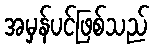
အမှန်ပင်ဖြစ်သည်